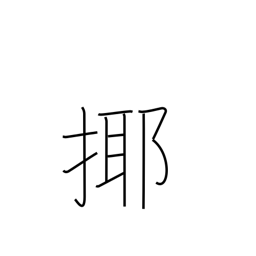
Meaning: play with